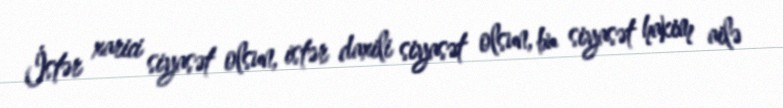
İstər xarici siyasət olsun, istər daxili siyasət olsun, bu siyasət hakim ailə